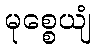
မုစ္စေယျံ